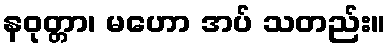
နဝုတ္တာ၊ မဟော အပ် သတည်း။